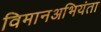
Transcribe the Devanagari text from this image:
विमानअभियंता